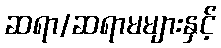
ဆရာ/ဆရာမများနှင့်